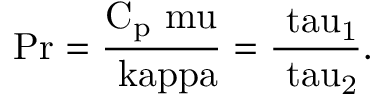
\mathrm { P r = \frac { C _ { p } \ m u } { \ k a p p a } = \frac { \ t a u _ { 1 } } { \ t a u _ { 2 } } . }